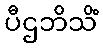
ပီဌဘိသိံ